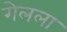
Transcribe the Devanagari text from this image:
गेलला